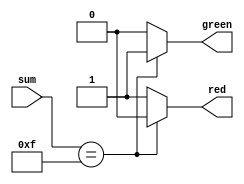
// ECE5440
// Jose Navarro, 4207
// ledToggle
// Turns on green LED and red LED when appropriate according to the rules of the game

module ledToggle(sum, red, green);

	input [3:0] sum;
	output red, green;
	reg red, green;

	always @ (sum)
		begin
		if (sum == 15)
			begin
			red = 0;
			green = 1;
			end 
		else
			begin
			red = 1; 
			green = 0;
		end
	end
endmodule